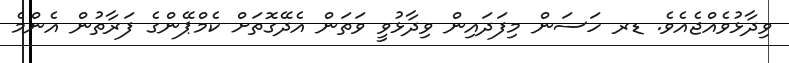
ވިދާޅުވެއްޖެއެވެ. ޑރ ހަސަން މިފަދައިން ވިދާޅުވީ ވަތަން އެދޭގޮތަށް ކެމްޕޭންގެ ފަރާތުން އެންމެ